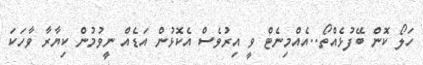
ހަލޯ ކޮން ބޭފުޅެއްތޯ..އެއްމިނެޓް ވީ އިރުވެސް އެކޮޅުން އަޑެއް ނީވުމުން ކިޔާރާ ވާހަކަ